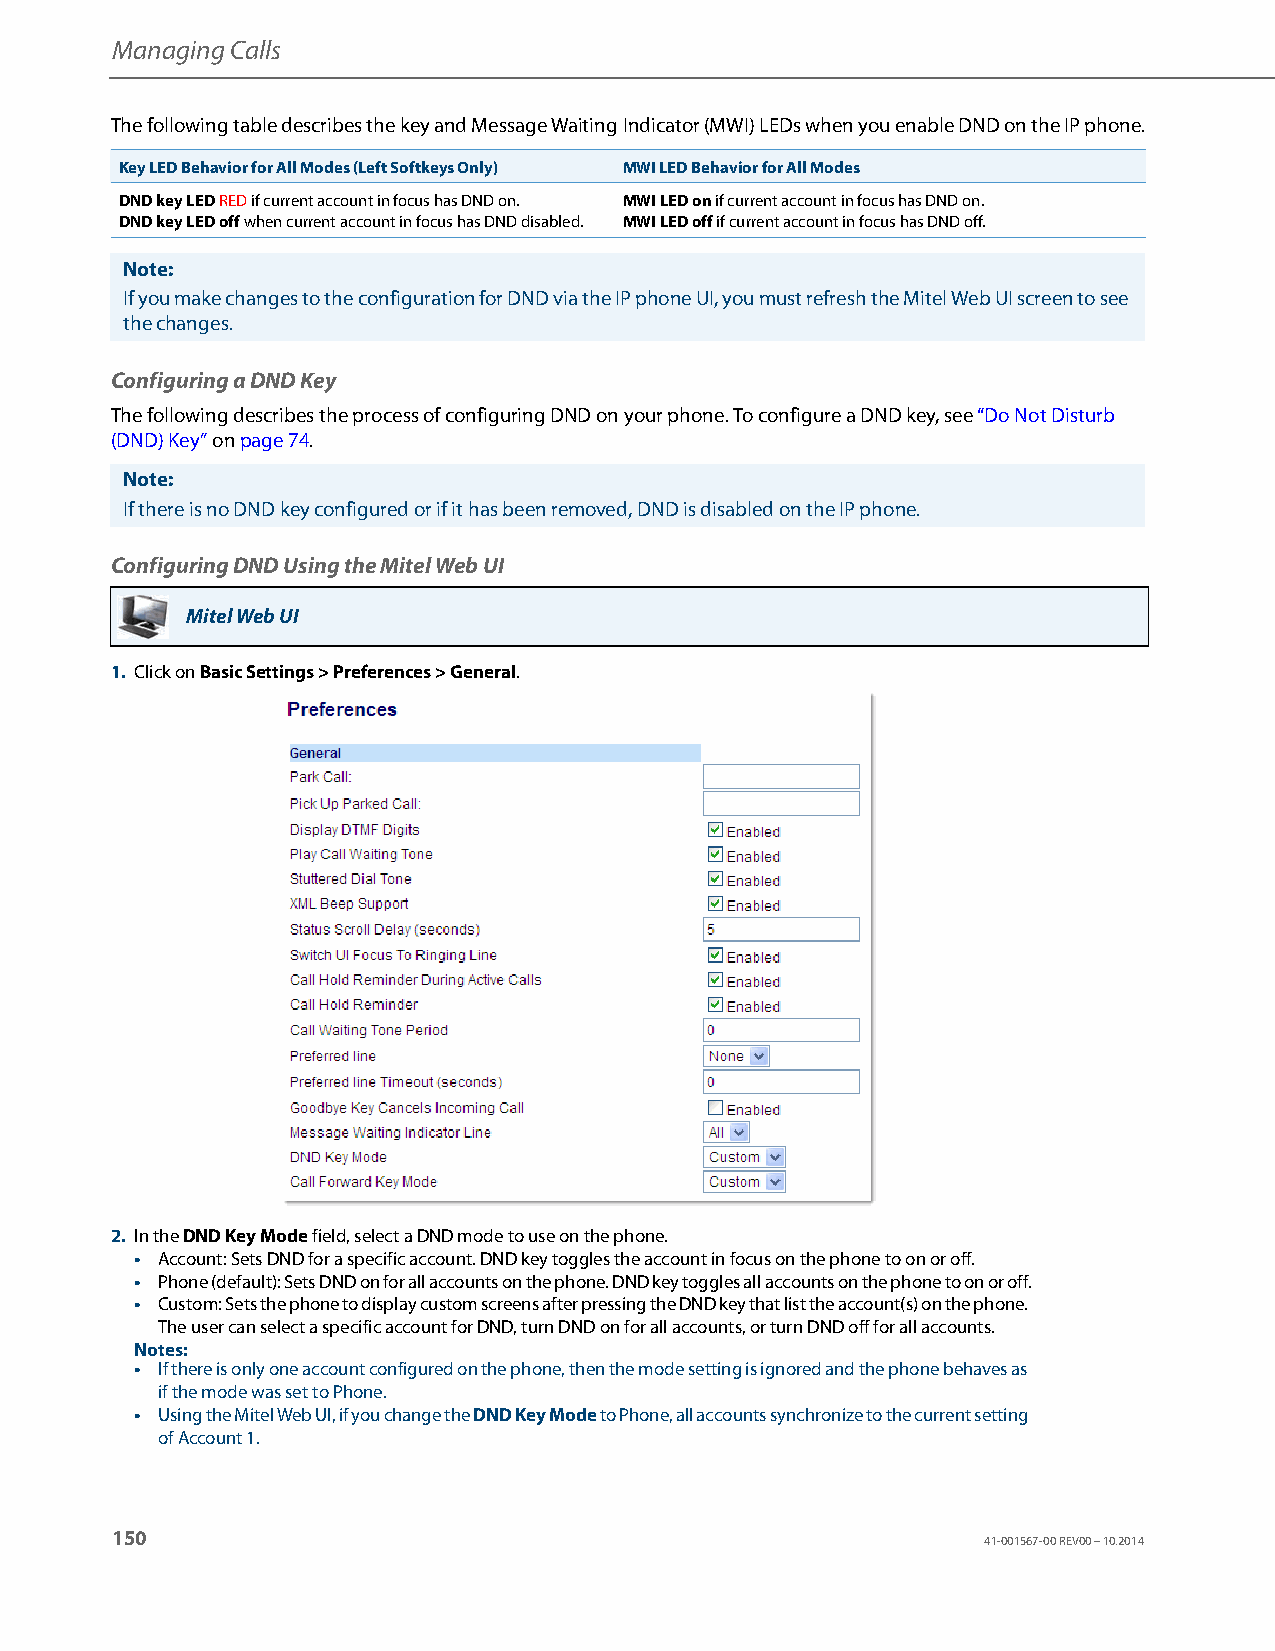
Managing Calls
 The following table describes the key and Message Waiting Indicator (MWI) LEDs when you enable DND on the IP phone.
 Key LED Behavior for All Modes (Left Softkeys Only) MWI LED Behavior for All Modes
 DND key LED RED if current account in focus has DND on. MWI LED on if current account in focus has DND on.
 DND key LED off when current account in focus has DND disabled. MWI LED off if current account in focus has DND off.
 Note:
 If you make changes to the configuration for DND via the IP phone UI, you must refresh the Mitel Web UI screen to see
 the changes.
 Configuring a DND Key
 The following describes the process of configuring DND on your phone. To configure a DND key, see “Do Not Disturb
 (DND) Key” on page74.
 Note:
 If there is no DND key configured or if it has been removed, DND is disabled on the IP phone.
 Configuring DND Using the Mitel Web UI
 Mitel Web UI
 1. Click on Basic Settings > Preferences > General.
 2. In the DND Key Mode field, select a DND mode to use on the phone.
 • Account: Sets DND for a specific account. DND key toggles the account in focus on the phone to on or off.
 • Phone (default): Sets DND on for all accounts on the phone. DND key toggles all accounts on the phone to on or off.
 • Custom: Sets the phone to display custom screens after pressing the DND key that list the account(s) on the phone.
 The user can select a specific account for DND, turn DND on for all accounts, or turn DND off for all accounts.
 Notes:
 • If there is only one account configured on the phone, then the mode setting is ignored and the phone behaves as
 if the mode was set to Phone.
 • Using the Mitel Web UI, if you change the DND Key Mode to Phone, all accounts synchronize to the current setting
 of Account 1.
 150
 41-001567-00 REV00 – 10.2014